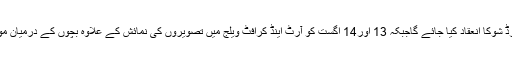
13 اور14 اگست کو لیک ویو کے مقام پر دو روزہ برڈ شوکا انعقاد کیا جائے گاجبکہ 13 اور14 اگست کو آرٹ اینڈ کرافٹ ویلج میں تصویروں کی نمائش کے علاوہ بچوں کے درمیان موسیقی اور مصوری کے مقابلے منعقد کیے جائیں گے۔